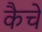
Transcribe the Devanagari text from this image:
कैचें